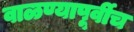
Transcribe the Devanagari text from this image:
वाळण्यापूर्वीच